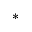
^ { * }